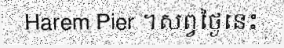
Harem Pier ។សព្វថ្ងៃនេះ